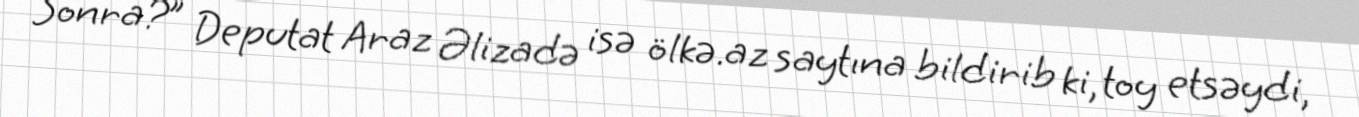
Sonra?” Deputat Araz Əlizadə isə ölkə.az saytına bildirib ki, toy etsəydi,